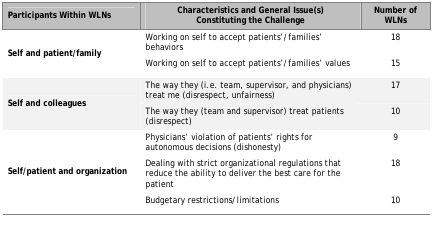
| Participants Within WLNs | Characteristics and General Issue(s) Constituting the Challenge | Number of WLNs |
 | --- | --- | --- |
 | <ROWSPAN=2> Self and patient/family | Working on self to accept patients’/families’ behaviors | 18 |
 | Working on self to accept patients’/families’ values | 15 |
 | <ROWSPAN=2> Self and colleagues | The way they (i.e. team, supervisor, and physicians) treat me (disrespect, unfairness) | 17 |
 | The way they (team and supervisor) treat patients (disrespect) | 10 |
 | <ROWSPAN=3> Self/patient and organization | Physicians’ violation of patients’ rights for autonomous decisions (dishonesty) | 9 |
 | Dealing with strict organizational regulations that reduce the ability to deliver the best care for the patient | 18 |
 | Budgetary restrictions/limitations | 10 |